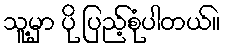
သူ့မှာ ပို ပြည့်စုံပါတယ်။